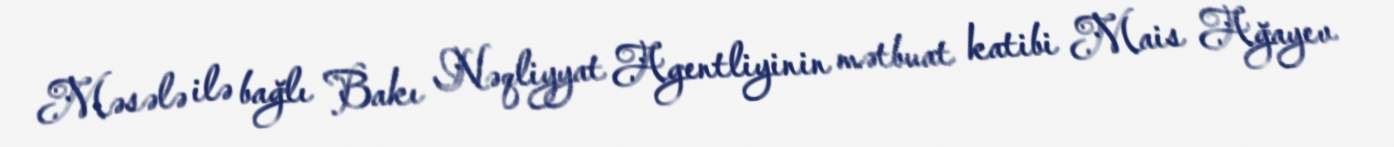
Məsələ ilə bağlı Bakı Nəqliyyat Agentliyinin mətbuat katibi Mais Ağayev